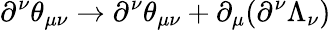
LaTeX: \partial^{\nu}\theta_{\mu\nu}\rightarrow\partial^{\nu}\theta_{\mu\nu}+\partial_{\mu}(\partial^{\nu}\Lambda_{\nu})